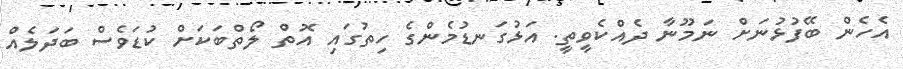
އެހެން ބޭފުޅުނަށް ނަމޫނާ ދެއްކެވީތީ. އަޅުގަނޑުމެންގެ ހިތުގައި އޮތް ލޯތްބަކަށް ކުޑަވެސް ބަދަލެއް